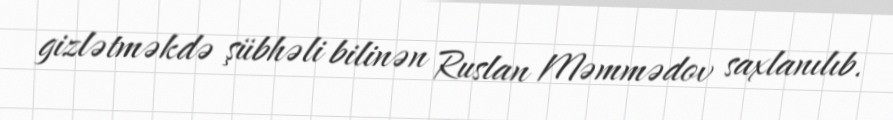
gizlətməkdə şübhəli bilinən Ruslan Məmmədov saxlanılıb.